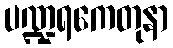
ပဏ္ဍရကေတုနာ